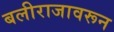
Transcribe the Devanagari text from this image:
बलीराजावरून